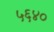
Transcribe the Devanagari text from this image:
५६४०